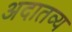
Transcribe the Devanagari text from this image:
अदातव्य